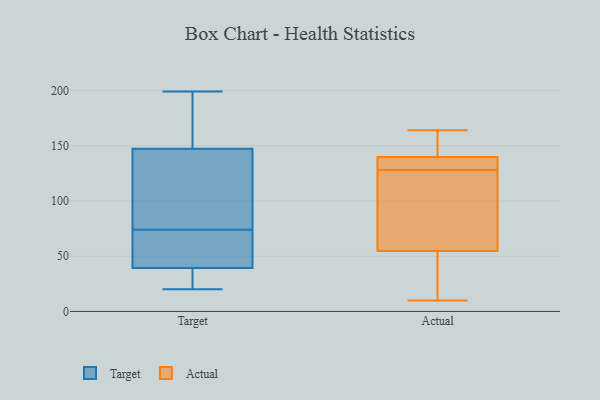
{"axis": {"x": "Active Users", "y": "Value"}, "legend": ["Actual", "Target"], "data": [{"x": "", "y": 25, "type": "Target"}, {"x": "", "y": 149, "type": "Target"}, {"x": "", "y": 94, "type": "Target"}, {"x": "", "y": 31, "type": "Target"}, {"x": "", "y": 61, "type": "Target"}, {"x": "", "y": 25, "type": "Target"}, {"x": "", "y": 74, "type": "Target"}, {"x": "", "y": 172, "type": "Target"}, {"x": "", "y": 139, "type": "Target"}, {"x": "", "y": 165, "type": "Target"}, {"x": "", "y": 96, "type": "Target"}, {"x": "", "y": 20, "type": "Target"}, {"x": "", "y": 37, "type": "Target"}, {"x": "", "y": 58, "type": "Target"}, {"x": "", "y": 150, "type": "Target"}, {"x": "", "y": 142, "type": "Target"}, {"x": "", "y": 55, "type": "Target"}, {"x": "", "y": 46, "type": "Target"}, {"x": "", "y": 199, "type": "Target"}, {"x": "", "y": 132, "type": "Actual"}, {"x": "", "y": 140, "type": "Actual"}, {"x": "", "y": 50, "type": "Actual"}, {"x": "", "y": 164, "type": "Actual"}, {"x": "", "y": 91, "type": "Actual"}, {"x": "", "y": 30, "type": "Actual"}, {"x": "", "y": 140, "type": "Actual"}, {"x": "", "y": 139, "type": "Actual"}, {"x": "", "y": 69, "type": "Actual"}, {"x": "", "y": 128, "type": "Actual"}, {"x": "", "y": 10, "type": "Actual"}]}